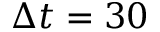
\Delta t = 3 0